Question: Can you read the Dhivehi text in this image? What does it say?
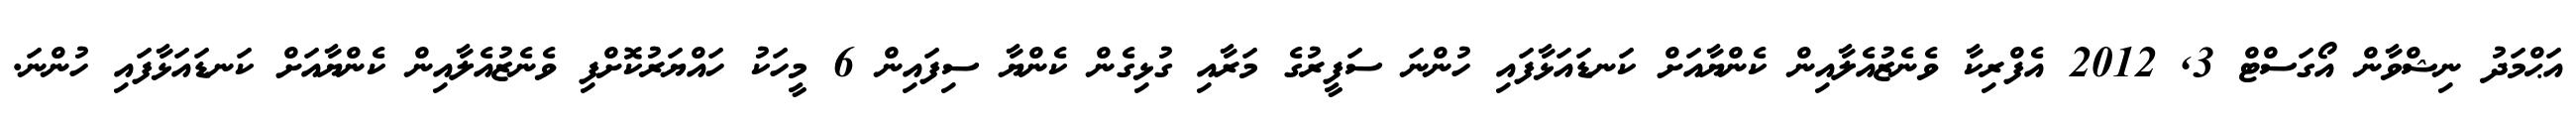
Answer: އަޙްމަދު ނިޝްވާން އޯގަސްޓް 3, 2012 އެފްރިކާ ވެނެޒުއެލާއިން ކެންޔާއަށް ކަނޑައަޅާފައި ހުންނަ ސަފީރުގެ މަރާއި ގުޅިގެން ކެންޔާ ސިފައިން 6 މީހަކު ހައްޔަރުކޮށްފި ވެނެޒުއެލާއިން ކެންޔާއަށް ކަނޑައަޅާފައި ހުންނަ.